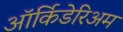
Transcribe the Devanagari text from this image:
ऑर्किडेरिअम